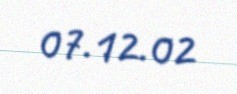
07.12.02